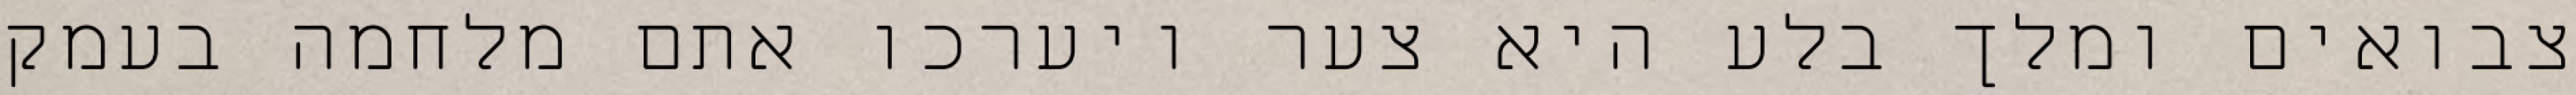
צבואים ומלך בלע היא צער ויערכו אתם מלחמה בעמק